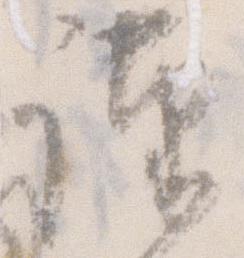
謹